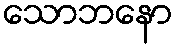
သောဘနော